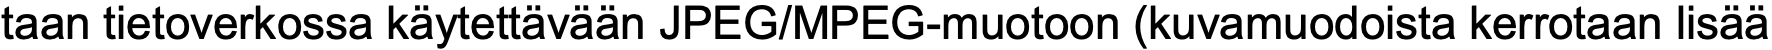
taan tietoverkossa käytettävään JPEG/MPEG-muotoon (kuvamuodoista kerrotaan lisää